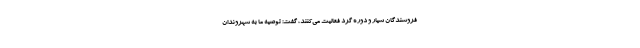
فروشندگان سیار و دوره گرد فعالیت می‌کنند، گفت: توصیه ما به شهروندان